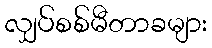
လျှပ်စစ်မီတာခများ